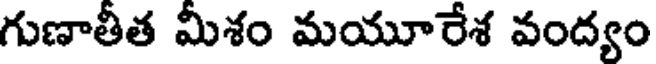
గుణాతీత మీశం మయూరేశ వంద్యం